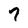
Character: 7